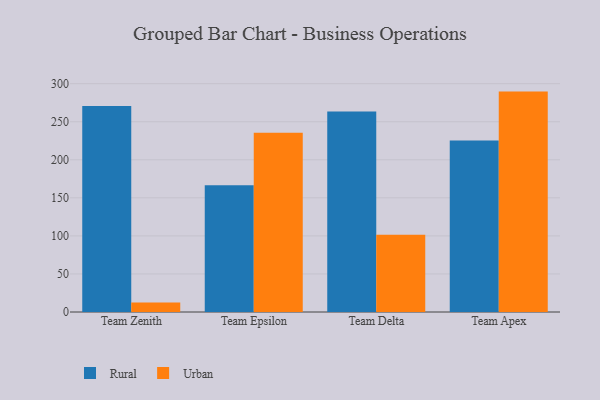
{"axis": {"x": "Team", "y": "Budget (USD K)"}, "legend": ["Rural", "Urban"], "data": [{"x": "Team Zenith", "y": 270.8, "type": "Rural"}, {"x": "Team Zenith", "y": 12.4, "type": "Urban"}, {"x": "Team Epsilon", "y": 166.5, "type": "Rural"}, {"x": "Team Epsilon", "y": 235.6, "type": "Urban"}, {"x": "Team Delta", "y": 263.3, "type": "Rural"}, {"x": "Team Delta", "y": 101.4, "type": "Urban"}, {"x": "Team Apex", "y": 225.3, "type": "Rural"}, {"x": "Team Apex", "y": 289.6, "type": "Urban"}]}